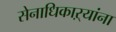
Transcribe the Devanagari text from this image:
सेनाधिकाऱ्यांना